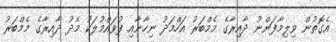
އެގޮތުން ވިލިމާފަންނު ދާއިރާގެ މެމްބަރު އަހްމަދު ނިހާނާއި ފުވައްމުލަކު މެދު ދާއިރާގެ މެމްބަރު